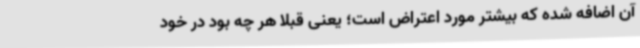
آن اضافه شده که بیشتر مورد اعتراض است؛ یعنی قبلاً هر چه بود در خود